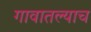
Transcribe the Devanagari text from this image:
गावातल्याच